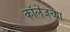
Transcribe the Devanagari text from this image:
काॅलॆजच्या